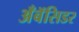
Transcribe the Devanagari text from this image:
अँबॅसिडर